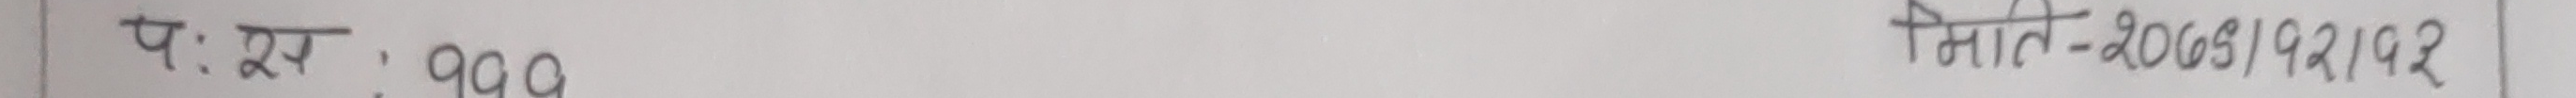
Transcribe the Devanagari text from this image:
प: रु. 990
मिति-२०७९।१२।२